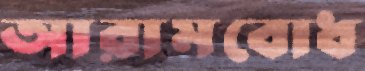
আরামবোধ